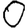
Digit: 0